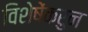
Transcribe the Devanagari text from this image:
विशेषेंकरुन